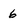
Character: 6